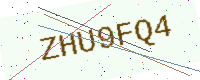
Text: ZHU9FQ4